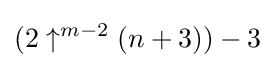
(2\uparrow ^{m-2}(n+3))-3